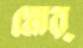
মোর্